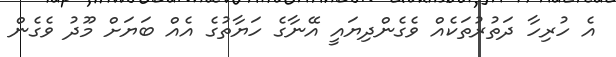
އެ ހުރިހާ ދަތުރުތަކެއް ވެގެންދިޔައީ އޭނާގެ ހަޔާތުގެ އެއް ބަޔަަށް މޫދު ވެގެން